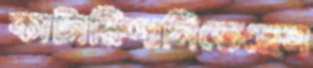
কাটারিশানিতেছেন